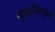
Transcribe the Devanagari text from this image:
मुबईपासून